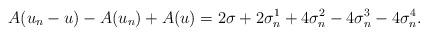
LaTeX: \begin{align*}A( u_n-u) -A( u_n) +A( u) = 2\sigma+ 2\sigma^1_n +4\sigma^2_n-4\sigma^3_n-4\sigma^4_n.\end{align*}